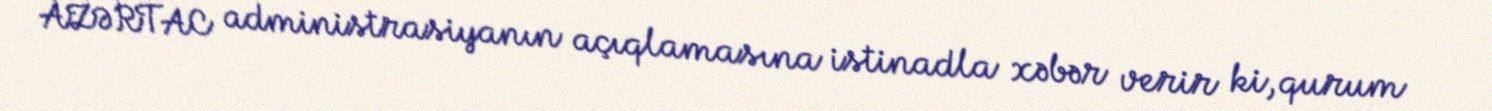
AZƏRTAC administrasiyanın açıqlamasına istinadla xəbər verir ki, qurum